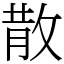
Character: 散